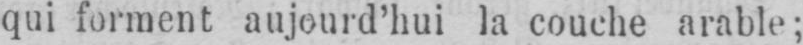
qui forment aujourd’hui la couche arable;